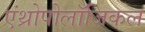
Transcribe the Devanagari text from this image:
एंथ्रोपोलॉजिकल